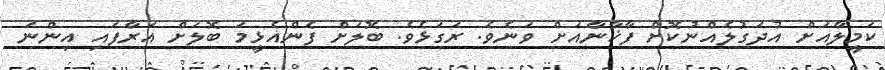
ކަމީލާއަށް އުދަގުލެއްނުކޮށް ފާޚާނާއަށް ވަނެވެ. ރަގަޅެވެ. ބޮލަށް ފެންއެޅީމަ ބޮލަށް އަރާފައި އިންނަ